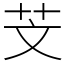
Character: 芠